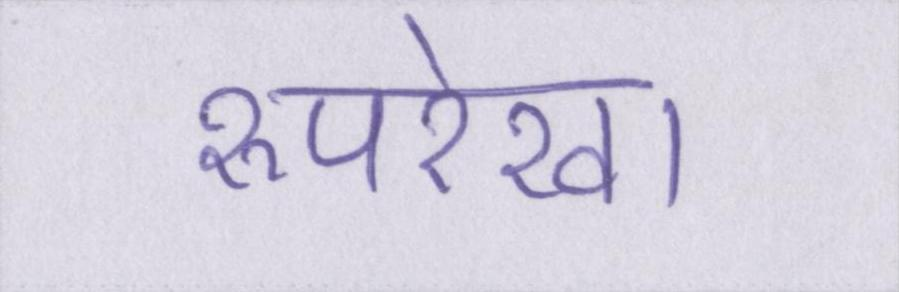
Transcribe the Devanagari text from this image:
रूपरेखा